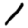
Digit: 1